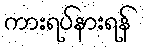
ကားရပ်နားရန်